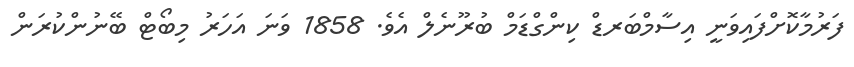
ފަރުމާކޮށްފައިވަނީ އިސާމްބަރޑް ކިންގްޑަމް ބުރޫނެލް އެވެ. 1858 ވަނަ އަހަރު މިބޯޓް ބޭނުންކުރަން